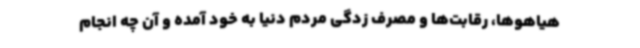
هیاهوها، رقابت‌ها و مصرف زدگی مردم دنیا به خود آمده و آن چه انجام